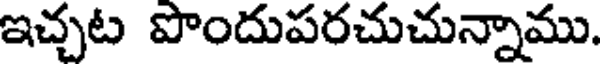
ఇచ్చట పొందుపరచుచున్నాము.